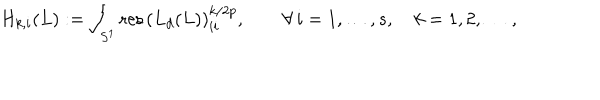
H _ { k , i } ( L ) : = \int _ { S ^ { 1 } } \mathrm { r e s \, } \left( L _ { d } ( L ) \right) _ { i i } ^ { k / { 2 p } } , \qquad \forall \, i = 1 , \ldots , s , \quad k = 1 , 2 , \dots \, ,